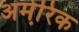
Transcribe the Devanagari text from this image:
अमेरि़क